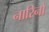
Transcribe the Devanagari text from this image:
नारिनो